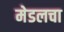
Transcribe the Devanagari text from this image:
मेडलचा